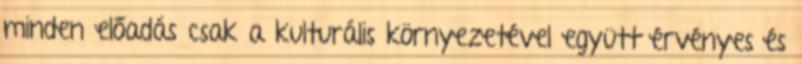
minden előadás csak a kulturális környezetével együtt érvényes és